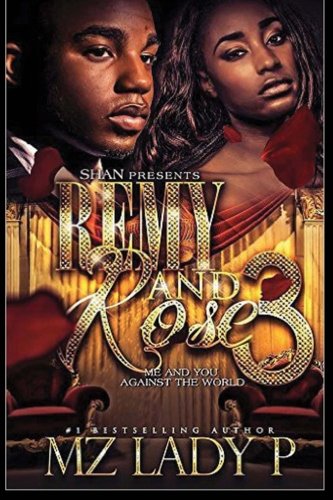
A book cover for Remy and Rose' 3: Me and You Against the World; Mz. Lady P; Literature & Fiction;